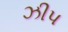
ઝીપ